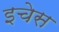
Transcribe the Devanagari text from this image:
इचेस